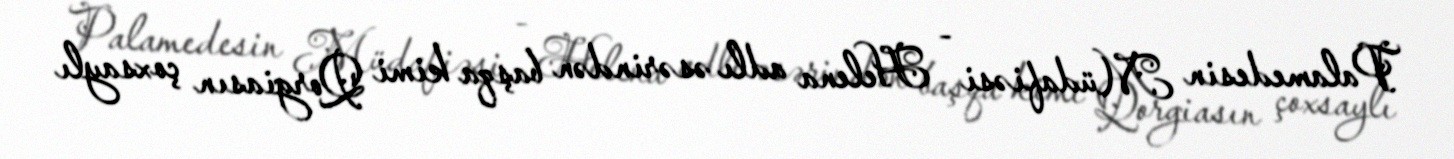
Palamedesin Müdafiəsi - Helena adlı əsərindən başqa kimi Qorgiasın çoxsaylı